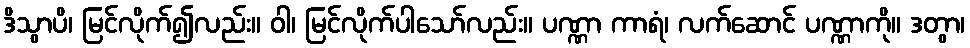
ဒိသွာပိ၊ မြင်လိုက်၍လည်း။ ဝါ၊ မြင်လိုက်ပါသော်လည်း။ ပဏ္ဏာ ကာရံ၊ လက်ဆောင် ပဏ္ဏာကို။ ဒတွာ၊